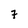
Character: 7